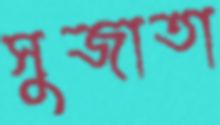
সুজাতা